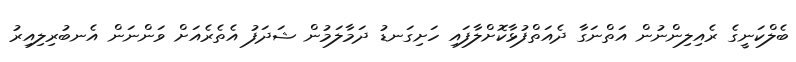
ބެލްކަނީގެ ރެއިލިންނުން އަތްނަގާ ދެއަތްފުޅާކޮށްލާފައި ހަށިގަނޑު ދަމާލަމުން ޝަދަފު އެތެރެއަށް ވަންނަން އެނބުރިލިއިރު